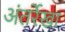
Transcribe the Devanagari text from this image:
अंतर्रेखा